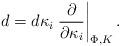
LaTeX: \begin{align*}d=d\kappa_i \left.{\partial\over\partial\kappa_i}\right|_{\Phi,K}.\end{align*}